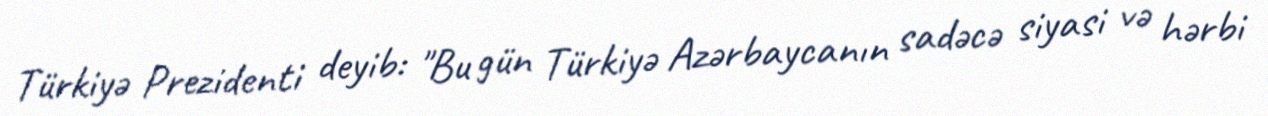
Türkiyə Prezidenti deyib: "Bu gün Türkiyə Azərbaycanın sadəcə siyasi və hərbi